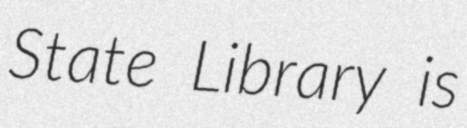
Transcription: State Library is